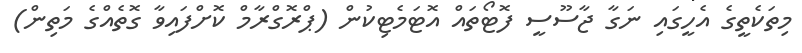
މިތަކެތީގެ އެހީގައި ނަގާ ޖާސޫސީ ފޮޓޯތައް އޮޓަމެޓިކުން (ޕްރޮގްރާމް ކޮށްފައިވާ ގޮތެއްގެ މަތިން)